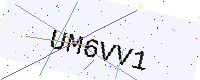
Text: UM6VV1